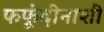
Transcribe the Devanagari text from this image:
फफूंदीनाशी